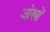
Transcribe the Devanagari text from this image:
जोखों